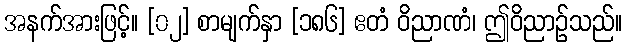
အနက်အားဖြင့်။ [၀၂] စာမျက်နှာ [၁၈၆] ဧတံ ဝိညာဏံ၊ ဤဝိညာဉ်သည်။